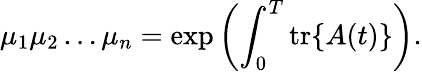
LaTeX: \mu_{1}\mu_{2}\dots\mu_{n}=\mathrm{exp}\left(\int_{0}^{T}\mathrm{tr}\{ A(t)\} \right).